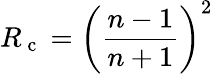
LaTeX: R_{\mathrm{~c~}}=\left(\frac{n-1}{n+1}\right)^{2}